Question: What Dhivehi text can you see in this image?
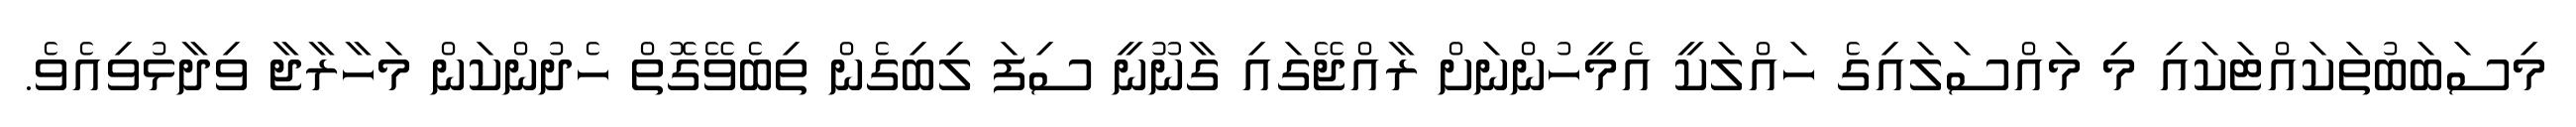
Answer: މިސަބަބުތަކައްޓަކައި މި މައްސަލައިގެ ހައްލަކީ އެމީހުންނަށް ރާއްޖޭގައި ގާނޫނީ ސިފަ ލިބިގެން ތިބެވޭގޮތް ހެދުންކަން މަހާރާޖާ ވިދާޅުވިއެވެ.